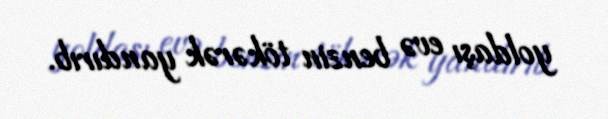
yoldaşı evə benzin tökərək yandırıb.